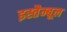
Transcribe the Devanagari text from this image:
इस्तैम्बूल